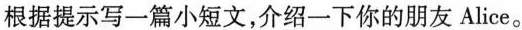
根据提示写一篇小短文,介绍一下你的朋友 Alice。